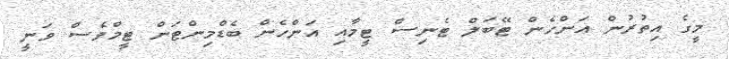
މީގެ އިތުރުން އަންހެން ޓޭބަލް ޓެނިސް ޓީމާއި އަންހެން ބެޑްމިންޓަން ޓީމްވެސް ވަނީ